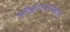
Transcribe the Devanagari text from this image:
हरिहरेश्वरापासून